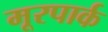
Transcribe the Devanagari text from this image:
मूरपार्क